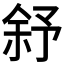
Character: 𱎻